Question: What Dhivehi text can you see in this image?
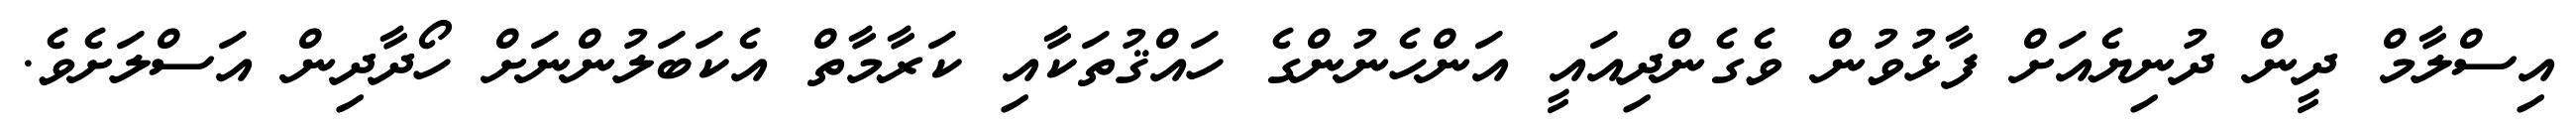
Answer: އިސްލާމް ދީން ދުނިޔެއަށް ފާޅުވުން ވެގެންދިއައީ އަންހެނުންގެ ހައްޤުތަކާއި ކަރާމާތް އެކަބަލުންނަށް ހޯދާދިން އަސްލަށެވެ.